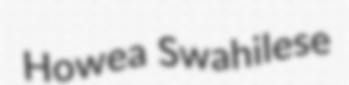
Howea Swahilese